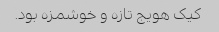
کیک هویج تازه و خوشمزه بود.